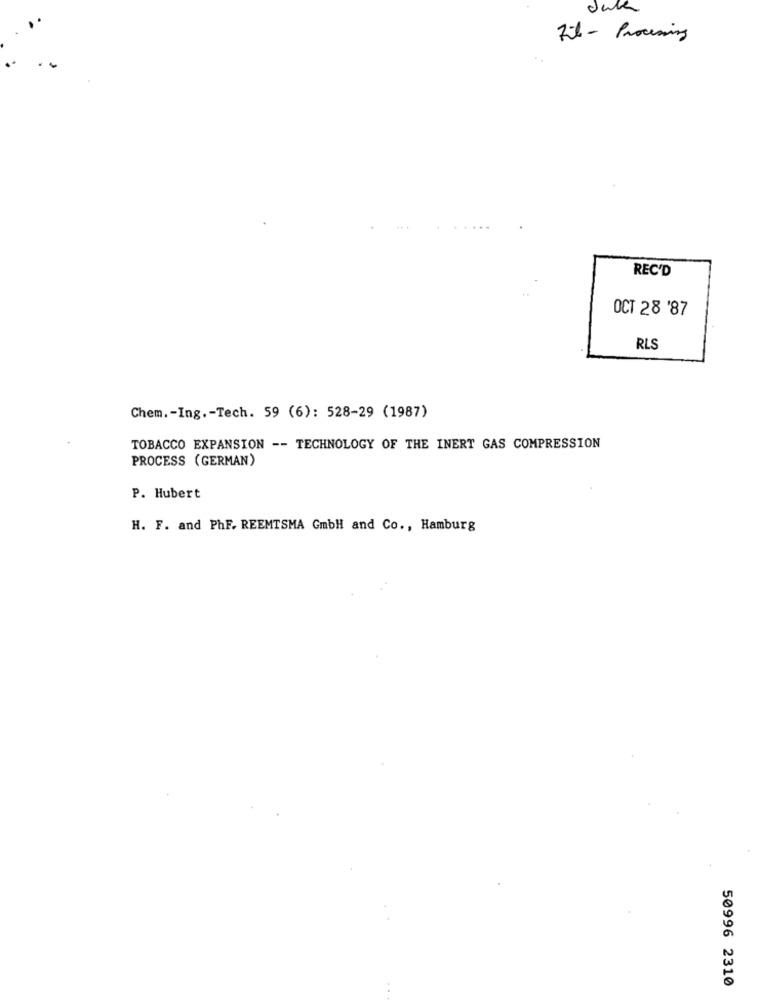
Jule
Fil - Processing
REC'D
OCT 28 '87
RL
Chem .- Ing .- Tech. 59 (6): 528-29 (1987)
TOBACCO EXPANSION -- TECHNOLOGY OF THE INERT GAS COMPRESSION
PROCESS (GERMAN)
P. Hubert
H. F. and PhF. REEMTSMA GmbH and Co ., Hamburg
50996 2310
. .